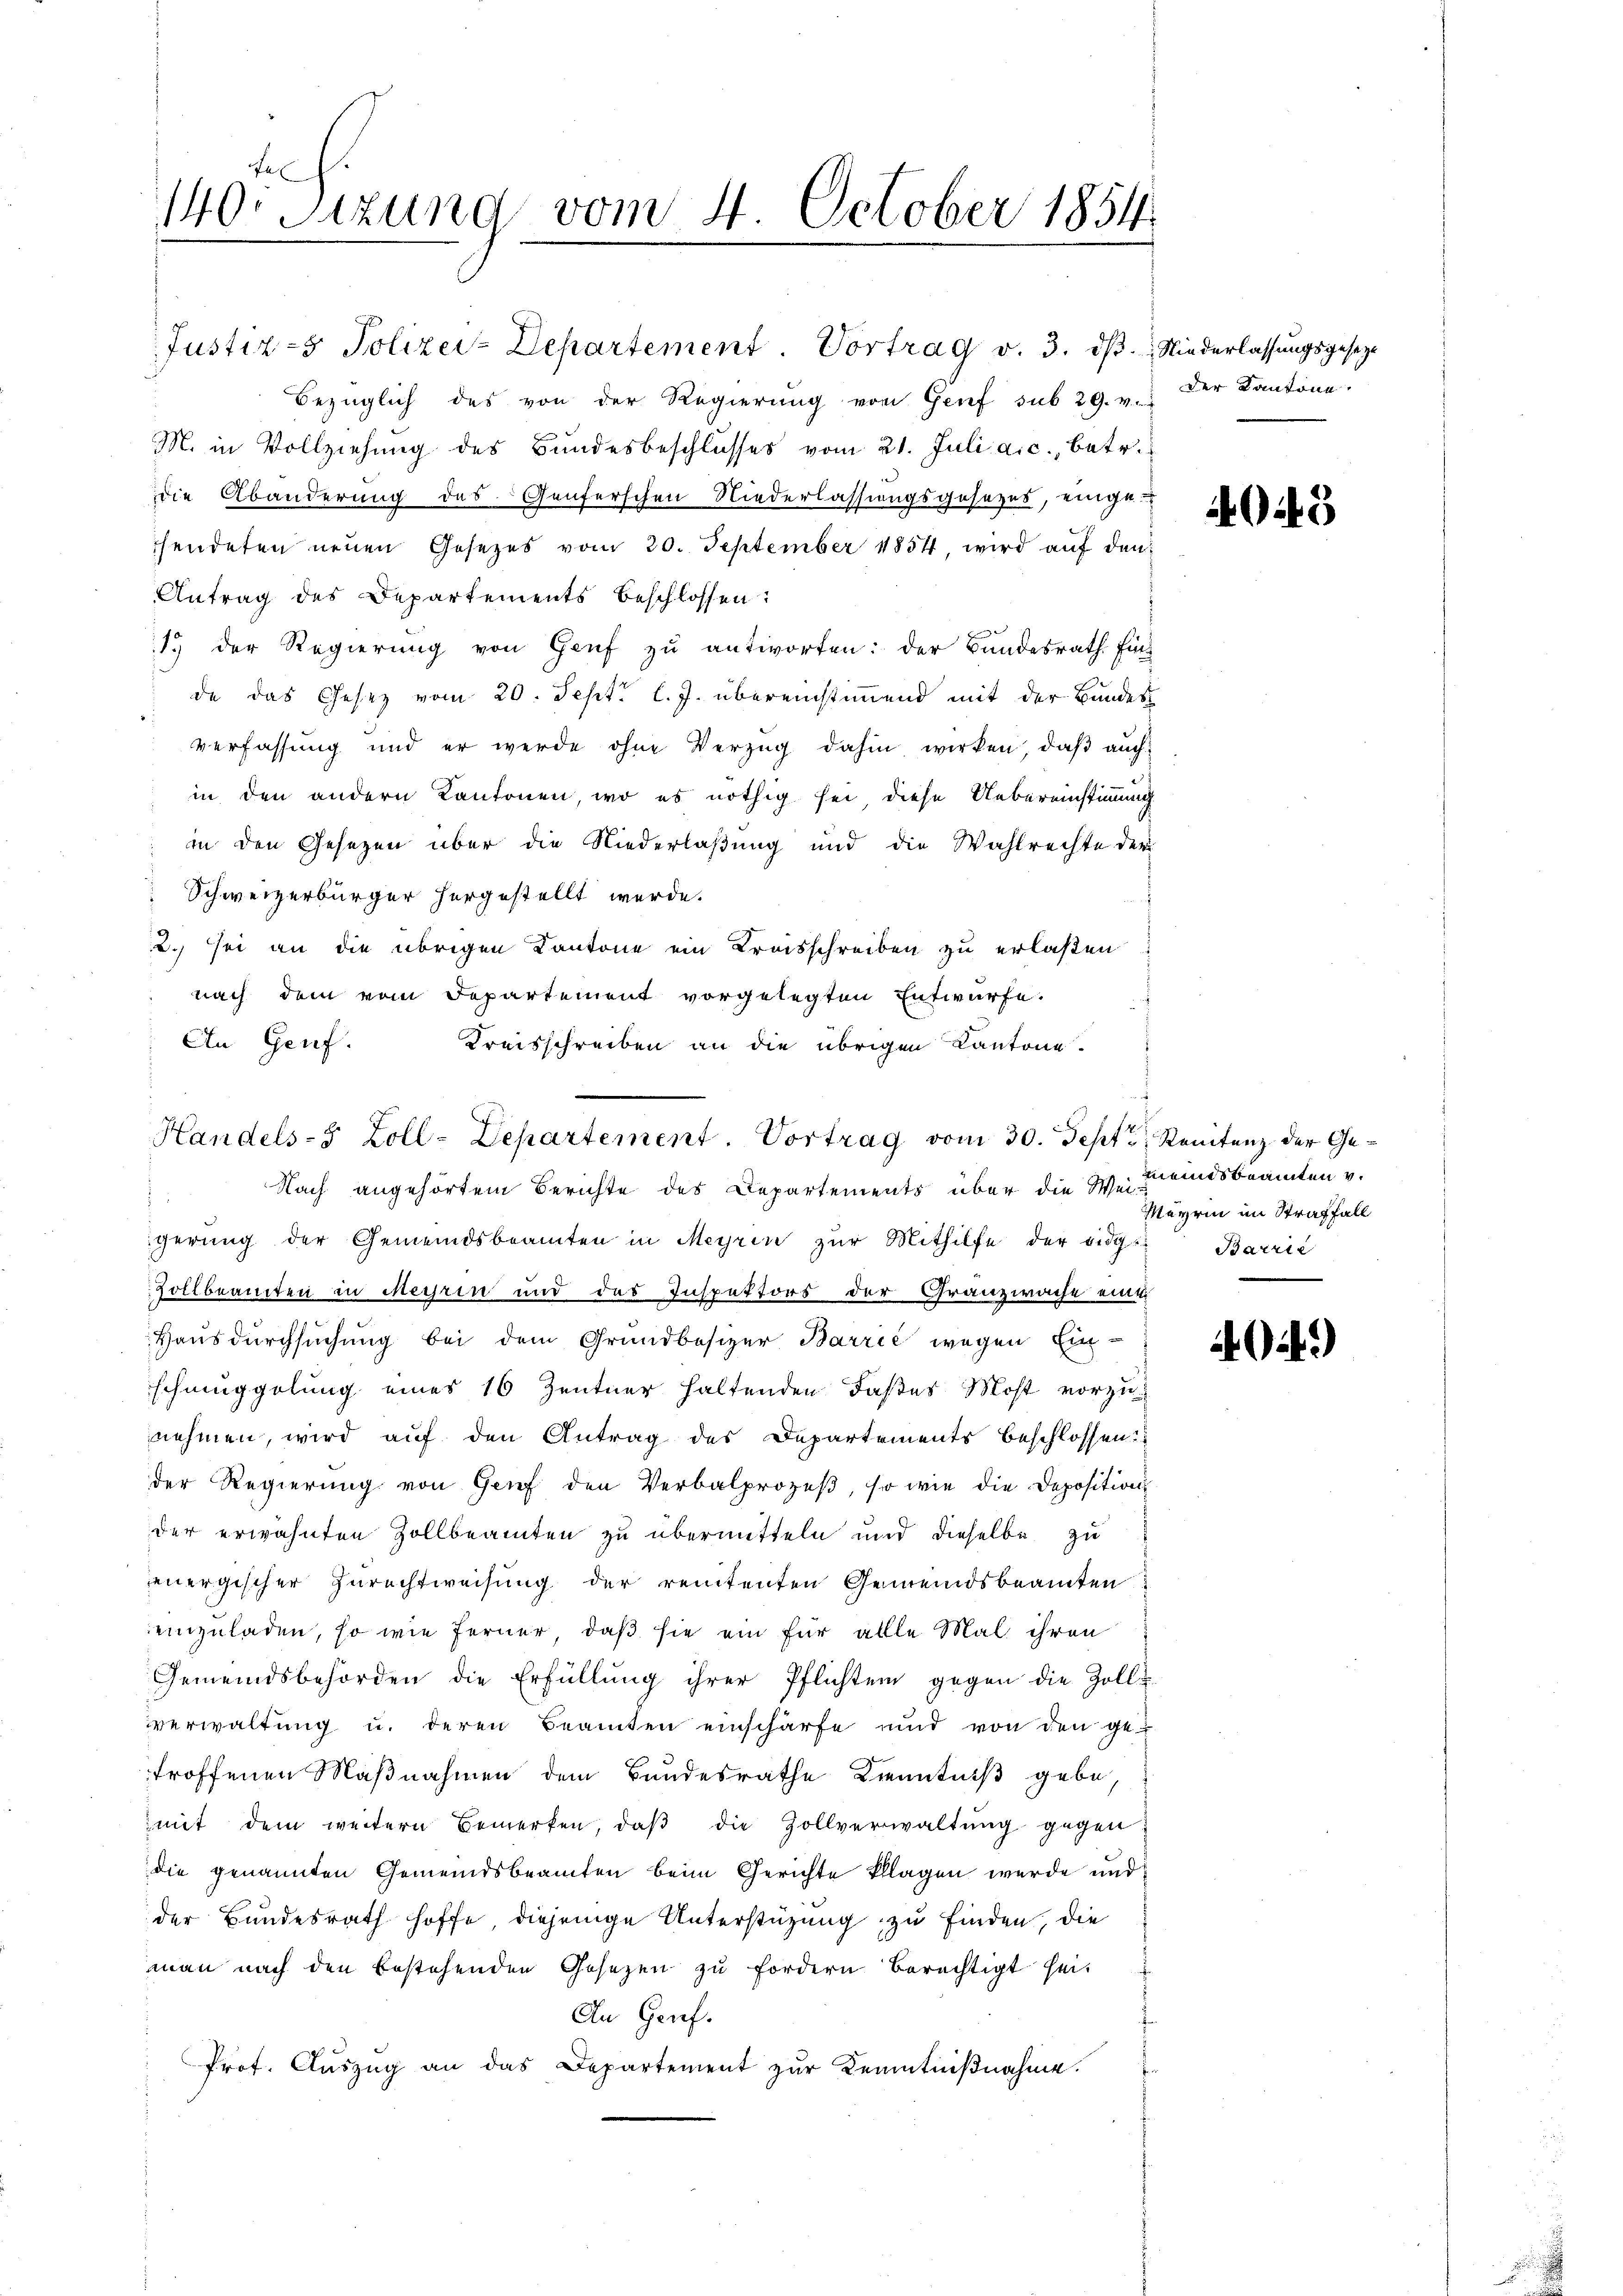
Fal
140: Sizung vom 4. October 1854.

Bezüglich des von der Regierŭng von Genf sub 29. v. Der Kantone.
M. in Vollziehung des Bundesbeschlusses vom 21. Juli a.c., betr.
die Abänderung des Genferschen Niederlassungsgesezes, einge-
sendeten neuen Gesezes vom 20. September 1854, wird aŭf den
Antrag des Departements beschlossen:
1.) Der Regierung von Genf zu antworten: der Bundesrath Fin
de das Gesez vom 20. Sept. l. J. übereinstimmend mit der Bundes
verfassung und er werde ohne Verzug dahin wirken, daß auch:
in den andern Kantonen, wo es nöthig sei diese Uebereinstimmung
in den Gesetzen über die Niederlaßung und die Wahlrechte der
Schweizerbürger hergestellt werde.
2.) sei an die übrigen Cantone ein Kreisschreiben zu erlaßen
nach dem vom Departement vorgelegten Entwurfe.
An Genf.
Kreisschreiben an die übrigen Kantone.

Justiz-5. Polizei-Departement. Vortrag v. 3. dβ. Niederlassŭngsgeseze

Handels-5 Zoll-Departement. Vortrag vom 30. Sept, Renitenz der Ge¬

Nach angehörtem Berichte des Departements über die Wei¬
:
gerung der Gemeindsbeamten in Meyrin zur Mithilfe der eidg
Zollbeamten in Meyrin und des Inspettors der Granzwache eine
Hausdurchsuchung bei dem Grundbesizer Barrić wegen Ein-
schmuggelung eines 16 Zentner haltenden Faßes Most vorzunehmen, wird auf den Antrag des Departements beschlossen:
der Regierung von Grief den Verbalprozeß, so wie die Deposition
der erwähnten Zollbeamten zu übermitteln und dieselbe zu
energischer Zurechtweisung der rententen Gemeindsbeamten
einzuladen, so wie ferner, daß sie ein für alle Mal ihren
Gemeindsbehörden die Erfüllung ihrer Pflichten gegen die Zoll-
verwaltŭng u. deren Beamten einschärfe und von den ge-
troffenen Maßnahmen dem Bandesrathe Kenntniß gebe,
mit dem weitern Bemerken, daβ die Zollverwaltŭng gegendie genannten Gemeindsbeamten beim Gerichte klagen werde und
der Bundesrath hoffe diejenige Unterstüzung zu finden, die
man nach den bestehenden Gesezen zu fordern berechtigt seit
An Gruef.
Prof. Aŭszŭg an das Departement zur Kenntniβnahme.

4043

meines beamten v.
Meyrin im Straffall
Barrie

24.)